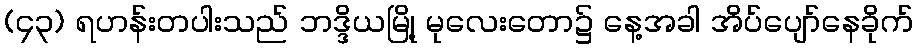
(၄၃) ရဟန်းတပါးသည် ဘဒ္ဒိယမြို့ မုလေးတော၌ နေ့အခါ အိပ်ပျော်နေခိုက်